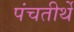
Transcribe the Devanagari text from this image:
पंचतीर्थे